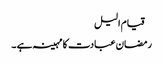
 قیام الیل
رمضان عبادت کا مہینہ ہے ۔